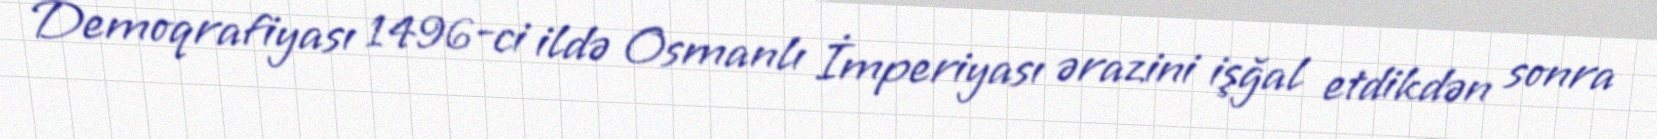
Demoqrafiyası 1496-ci ildə Osmanlı İmperiyası ərazini işğal etdikdən sonra